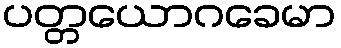
ပတ္တယောဂခေမာ